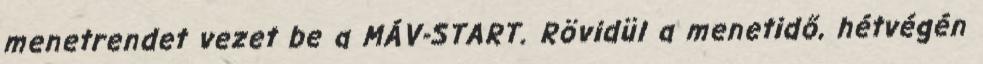
menetrendet vezet be a MÁV-START. Rövidül a menetidő, hétvégén